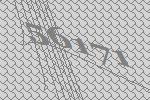
56171